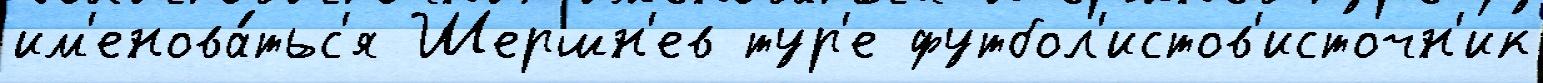
им'енова́тьс'я Шершн'ев тур'е футбол'истов'источн'ик